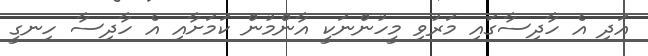
އަދި އެ ހާދިސާގައި މަރުވި މީހުންނަކީ އާންމުން ކަމަށާއި އެ ހާދިސާ ހިނގީ